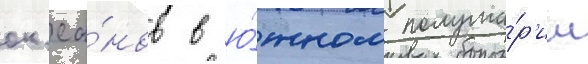
ок'еа́нов в ю́жном полуша́р'ии